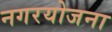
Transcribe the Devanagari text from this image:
नगरयोजना